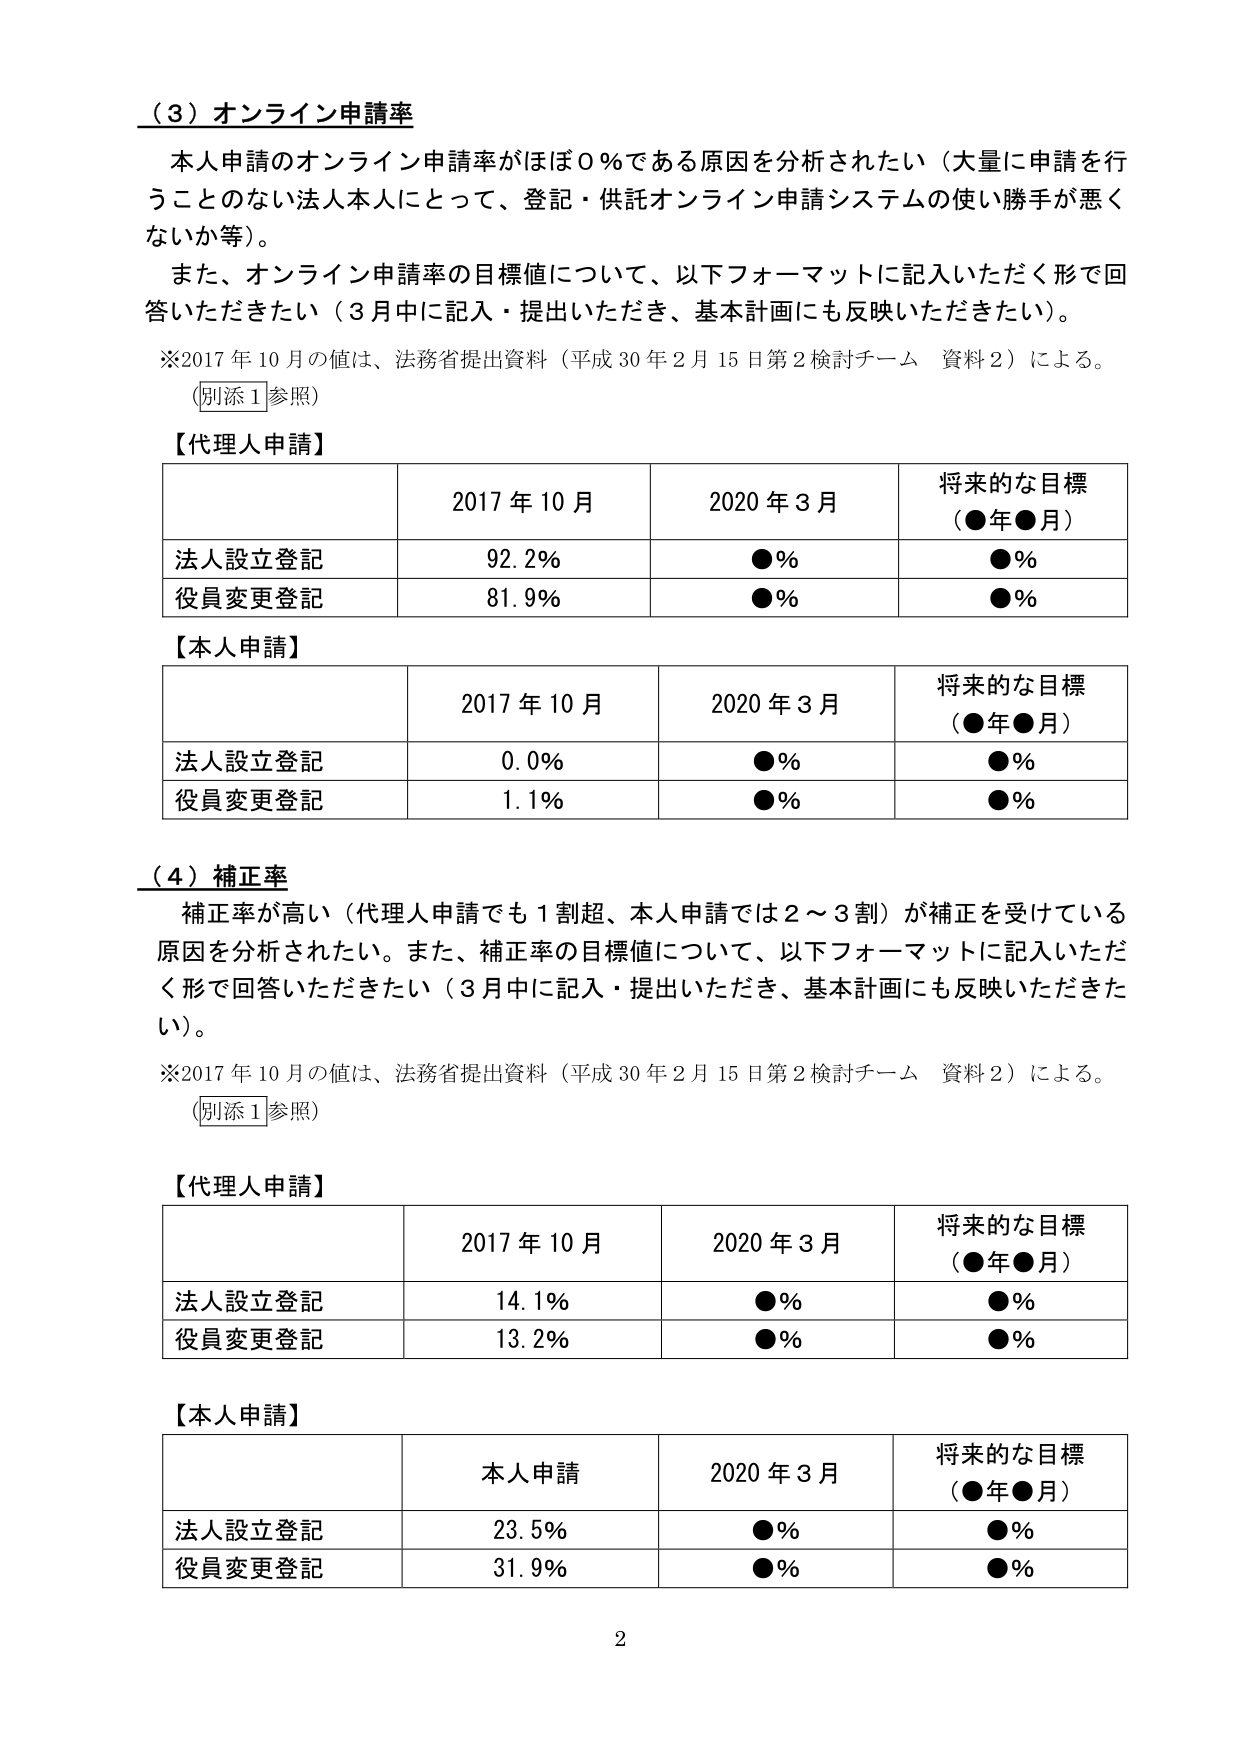
（３）オンライン申請率

本人申請のオンライン申請率がほぼ０％である原因を分析されたい（大量に申請を行うことのない法人本人にとって、登記・供託オンライン申請システムの使い勝手が悪くないか等）。

また、オンライン申請率の目標値について、以下フォーマットに記入いただく形で回答いただきたい（３月中に記入・提出いただき、基本計画にも反映いただきたい）。

※2017年10月の値は、法務省提出資料（平成30年2月15日第2検討チーム 資料2）による。
（別添1参照）

【代理人申請】

| | 2017年10月 | 2020年3月 | 将来的な目標（●年●月） |
|---|---|---|---|
| 法人設立登記 | 92.2% | ●% | ●% |
| 役員変更登記 | 81.9% | ●% | ●% |

【本人申請】

| | 2017年10月 | 2020年3月 | 将来的な目標（●年●月） |
|---|---|---|---|
| 法人設立登記 | 0.0% | ●% | ●% |
| 役員変更登記 | 1.1% | ●% | ●% |

（４）補正率

補正率が高い（代理人申請でも1割超、本人申請では2～3割）が補正を受けている原因を分析されたい。また、補正率の目標値について、以下フォーマットに記入いただく形で回答いただきたい（３月中に記入・提出いただき、基本計画にも反映いただきたい）。

※2017年10月の値は、法務省提出資料（平成30年2月15日第2検討チーム 資料2）による。
（別添1参照）

【代理人申請】

| | 2017年10月 | 2020年3月 | 将来的な目標（●年●月） |
|---|---|---|---|
| 法人設立登記 | 14.1% | ●% | ●% |
| 役員変更登記 | 13.2% | ●% | ●% |

【本人申請】

| | 本人申請 | 2020年3月 | 将来的な目標（●年●月） |
|---|---|---|---|
| 法人設立登記 | 23.5% | ●% | ●% |
| 役員変更登記 | 31.9% | ●% | ●% |

2